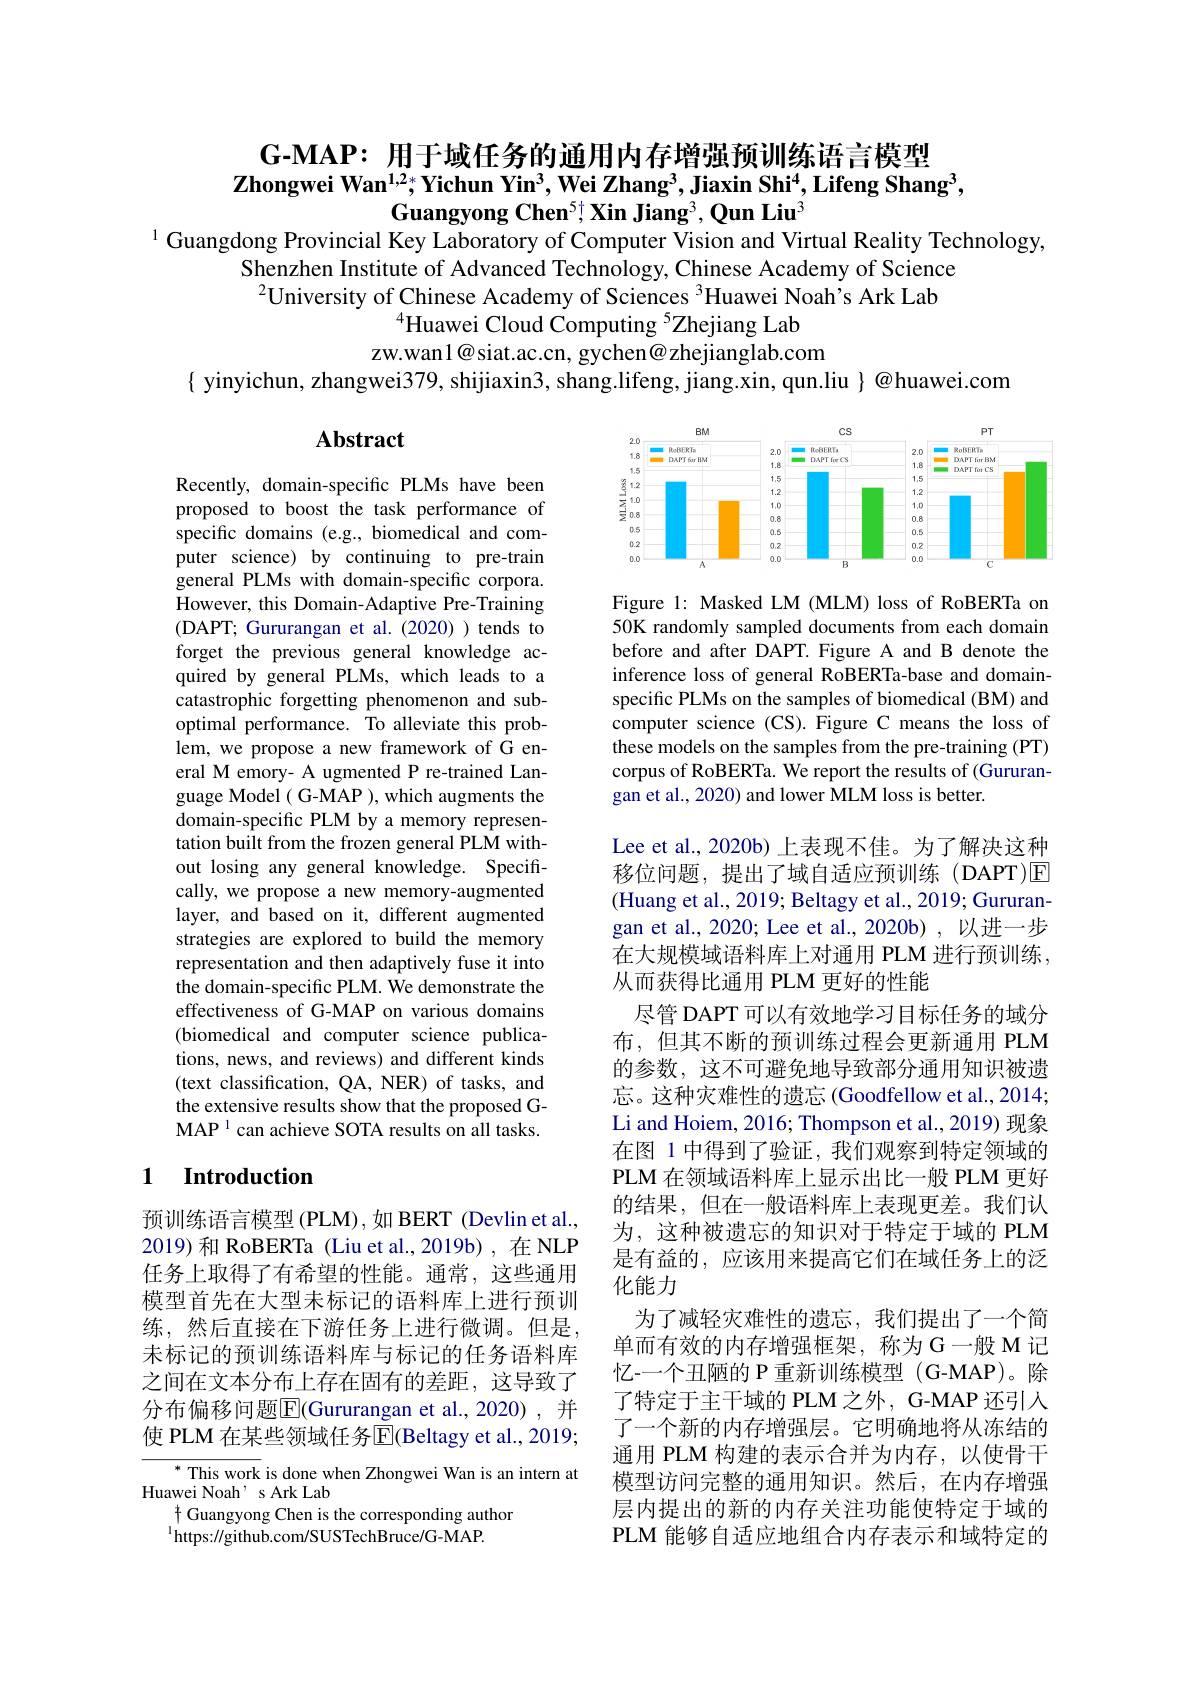
$\textbf{G- MAP: 用 于 域 任 务 的 通 用 内 存 增 强 预 训 练 语 言 模 型 }$
$\textbf{Zhongwei Wan}^{1,2*};\textbf{Yichun Yin}^3,\textbf{Wei Zhang}^3,\textbf{Jiaxin Shi}^4,\textbf{Lifeng Shang}^3$,
Guangyong Chen$^5$; Xin Jiang3, Qun Liu$^3$
$^{1}$ Guangdong Provincial Key Laboratory of Computer Vision and Virtual Reality Technology,

Shenzhen Institute of Advanced Technology, Chinese Academy of Science $^{2}$University of Chinese Academy of Sciences $^{3}$Huawei Noah’s Ark Lab
$^{4}$Huawei Cloud Computing $^{5}$Zhejiang Lab
zw.wan1@siat.ac.cn, gychen@ zhejianglab.com
$\{$ yinyichun, zhangwei379, shijiaxin3, shang.lifeng, jiang.xin, qun.liu $\}$ @huawei.com

## Abstract

<FigureHere>

Figure 1: Masked LM (MLM) loss of RoBERTa on 50K randomly sampled documents from each domain before and after DAPT.Figure A and B denote the inference loss of general RoBERTa-base and domainspecific PLMs on the samples of biomedical (BM) and computer science (CS). Figure C means the loss of these models on the samples from the pre-training (PT) corpus of RoBERTa. We report the results of (Gururangan et al., 2020) and lower MLM loss is better.

Recently, domain-specific PLMs have been proposed to boost the task performance of specific domains (e.g., biomedical and computer science) by continuing to pre-train general PLMs with domain-specific corpora. However, this Domain-Adaptive Pre-Training (DAPT; Gururangan et al.(2020) ) tends to forget the previous general knowledge acquired by general PLMs, which leads to a catastrophic forgetting phenomenon and suboptimal performance. To alleviate this problem, we propose a new framework of G eneral M emory- A ugmented P re-trained Language Model( G-MAP ), which augments the domain-specific PLM by a memory representation built from the frozen general PLM without losing any general knowledge. Specifically, we propose a new memory-augmented layer, and based on it, different augmented strategies are explored to build the memory representation and then adaptively fuse it into the domain-specific PLM. We demonstrate the effectiveness of G-MAP on various domains (biomedical and computer science publications, news, and reviews) and different kinds (text classification, QA, NER) of tasks, and the extensive results show that the proposed GMAP 1 can achieve SOTA results on all tasks.

## 1 $\textbf{Introduction}$

Lee et al., 2020b) 上表现不佳。为了解决这种移位问题，提出了域自适应预训练(DAPT)☑ (Huang et al., 2019; Beltagy et al., 2019; Gururangan et al., 2020; Lee et al., 2020b) , 以进一步在大规模域语料库上对通用 PLM 进行预训练， 从而获得比通用 PLM 更好的性能
尽管 DAPT 可以有效地学习目标任务的域分布，但其不断的预训练过程会更新通用 PLM 的参数，这不可避免地导致部分通用知识被遗忘。这种灾难性的遗忘(Goodfellow et al., 2014; Li and Hoiem, 2016; Thompson et al., 2019) 现象在图 1 中得到了验证，我们观察到特定领域的PLM 在领域语料库上显示出比一般 PLM 更好的结果，但在一般语料库上表现更差。我们认为，这种被遗忘的知识对于特定于域的 PLM 是有益的，应该用来提高它们在域任务上的泛化能力
为了减轻灾难性的遗忘，我们提出了一个简单而有效的内存增强框架，称为G一般 M 记忆-一个丑陋的 P 重新训练模型 (G-MAP)。除了特定于主干域的 PLM 之外，G-MAP 还引人了一个新的内存增强层。它明确地将从冻结的通用 PLM 构建的表示合并为内存，以使骨干模型访问完整的通用知识。然后，在内存增强层内提出的新的内存关注功能使特定于域的PLM 能够自适应地组合内存表示和域特定的

预训练语言模型 (PLM),如 BERT (Devlin et al., 2019)和 RoBERTa (Liu et al.,2019b),在 NLP 任务上取得了有希望的性能。通常，这些通用模型首先在大型未标记的语料库上进行预训练，然后直接在下游任务上进行微调。但是， 未标记的预训练语料库与标记的任务语料库之间在文本分布上存在固有的差距，这导致了分布偏移问题$\boxed{\mathrm{F}}($Gururangan et al.,2020),并使 PLM 在某些领域任务$\overline{\mathrm{E}}($Beltagy et al., 2019;

$^{*}$ This work is done when Zhongwei Wan is an intern at
Huawei Noah' s Ark Lab
$\dagger$ Guangyong Chen is the corresponding author
$^{1}$https://github.com/SUSTechBruce/G-MAP.